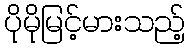
ပိုမိုမြင့်မားသည့်